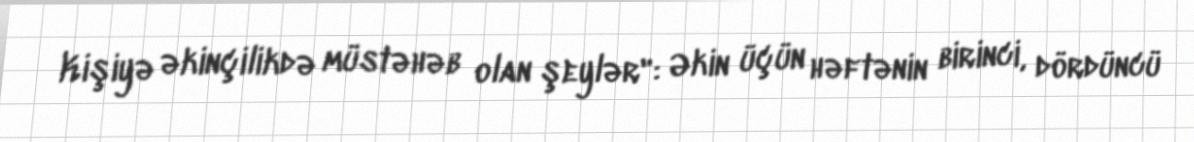
Kişiyə əkinçilikdə müstəhəb olan şeylər": Əkin üçün həftənin birinci, dördüncü